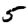
Digit: 5